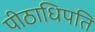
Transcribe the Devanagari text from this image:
पीठाधिपति